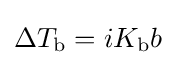
\Delta T_{\text{b}}=iK_{\text{b}}b